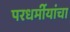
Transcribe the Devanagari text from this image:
परधर्मीयांचा